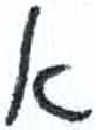
אות: א